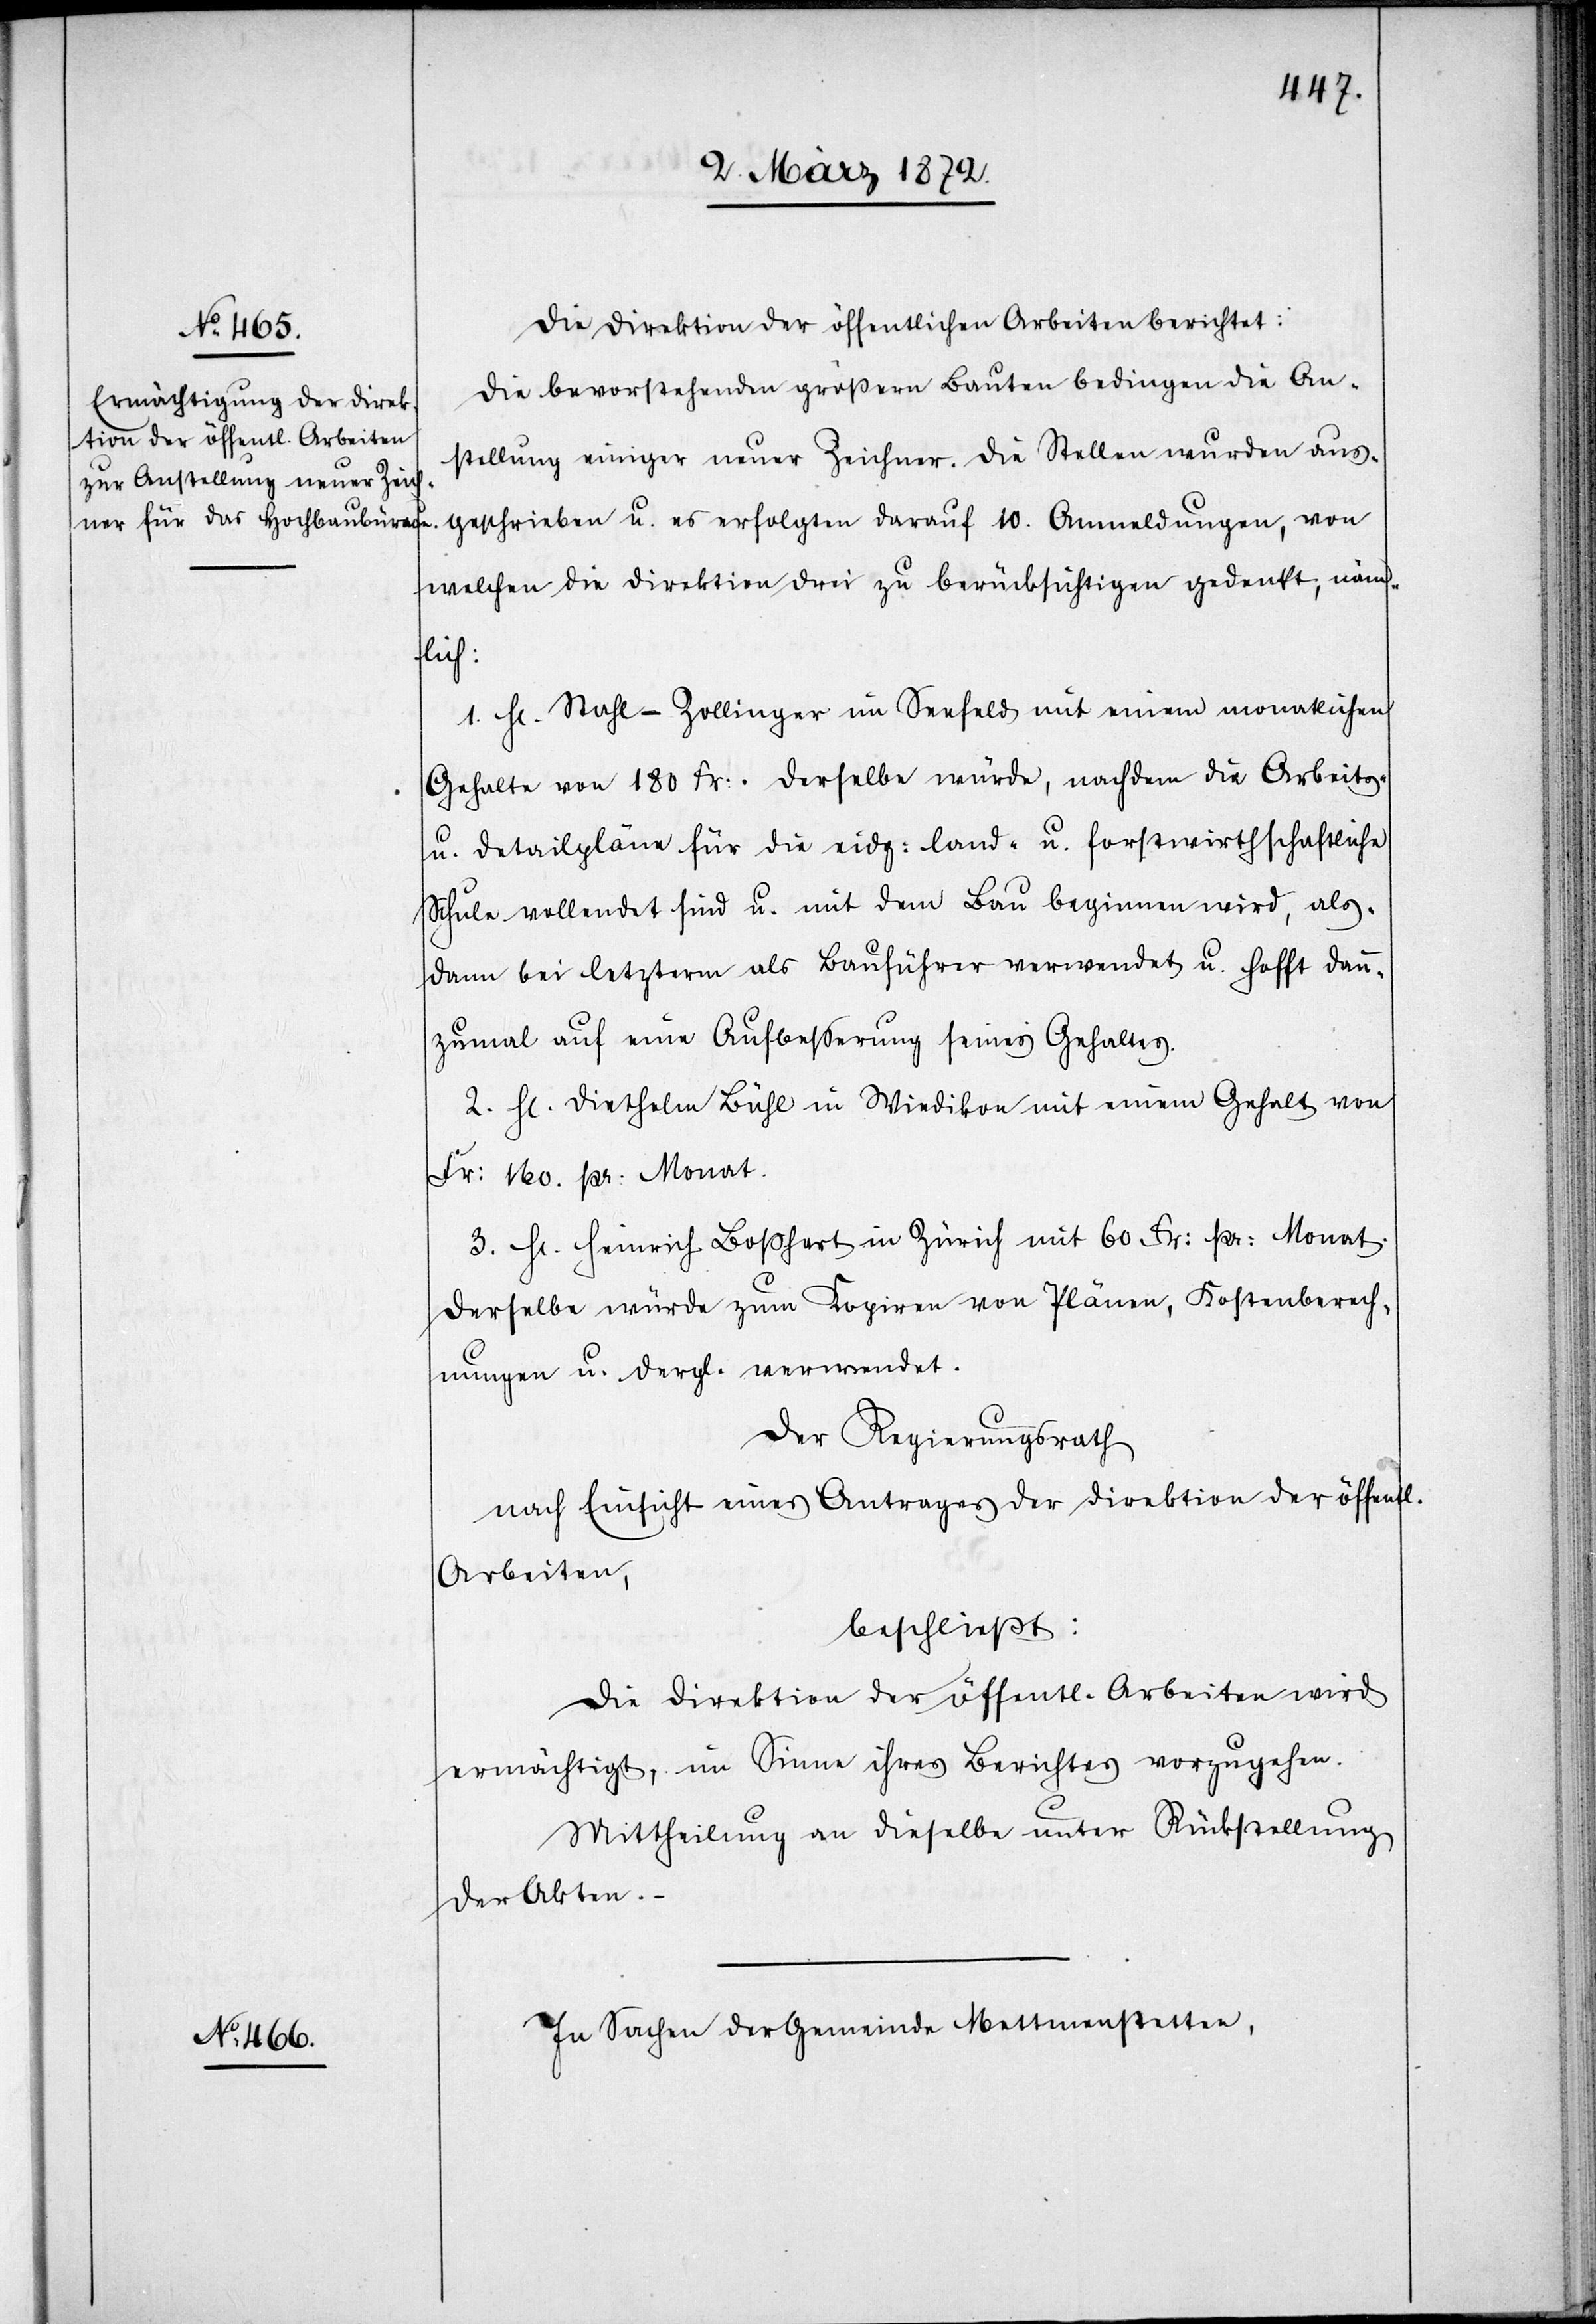
Die Direktion der öffentlichen Arbeiten berichtet:
Die bevorstehenden größern Bauten bedingen die An¬
stellung einiger neuer Zeichner. Die Stellen wurden aus¬
geschrieben u. es erfolgten darauf 10. Anmeldungen, von
welchen die Direktion drei zu berücksichtigen gedenkt, näm¬
ichen
1. Hr. Stahl-Zollinger im Seefeld mit einem monatlichen
Gehalte von 180 Fr. Derselbe würde, nachdem die Arbeits-
u. Detailpläne für die eidg. land- u. forstwirthschaftliche
Schule vollendet sind u. mit dem Bau beginnen wird, als¬
dann bei letzterm als Bauführer verwendet u. hofft denn¬
zumal auf eine Aufbesserung seines Gehaltes.
2. Hr. Diethelm Bühl in Wiedikon mit einem Gehalt von
Fr. 160. pr. Monat.
3. Hr. Heinrich Boßhart in Zürich mit 60 Fr. pr. Monat.
Derselbe würde zum Kopiren von Plänen, Kostenberech¬
nungen u. dergl. verwendet.
Der Regierungsrath
nach Einsicht eines Antrages der Direktion der öffentl¬
Arbeiten,
beschließt:
Die Direktion der öffentlichen Arbeiten wird
ermächtigt, im Sinne ihres Berichtes vorzugehen.
Mittheilung an dieselbe unter Rückstellung
der Akten.
In Sachen der Gemeinde Mettmenstetten,